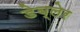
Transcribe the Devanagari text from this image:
डेब्लेर